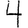
Digit: 4